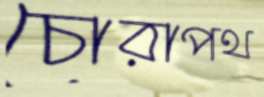
চোরাপথ